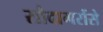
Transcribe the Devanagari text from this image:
सौदागरोंसे